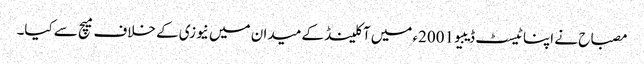
مصباح نے اپنا ٹیسٹ ڈیبیو 2001ء میں آکلینڈ کے میدان میں نیوزی کے خلاف میچ سے کیا۔